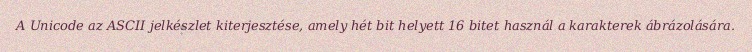
A Unicode az ASCII jelkészlet kiterjesztése, amely hét bit helyett 16 bitet használ a karakterek ábrázolására.